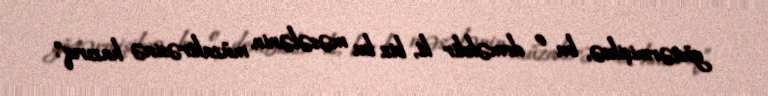
göstərmişiksə, bu o deməkdir ki, biz bu məsələnin müzakirəsinə hazırıq".